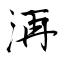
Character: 洅